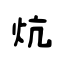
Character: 炕